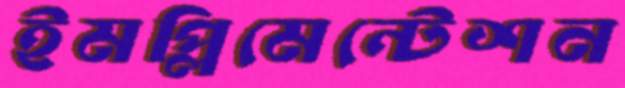
ইমপ্লিমেন্টেশন